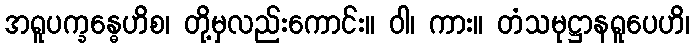
အရူပက္ခန္ဓေဟိစ၊ တို့မှလည်းကောင်း။ ဝါ၊ ကား။ တံသမုဋ္ဌာနရူပေဟိ၊